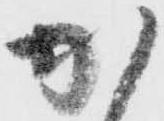
加